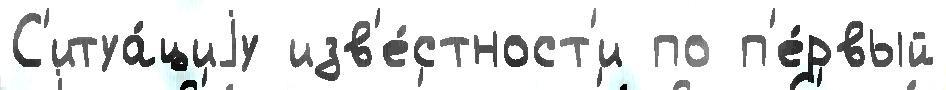
С'итуа́циjу изв'е́стност'и по п'е́рвый